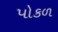
પોકળ